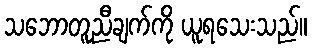
သဘောတူညီချက်ကို ယူရသေးသည်။